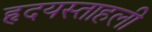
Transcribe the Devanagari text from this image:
हृदयस्ताहली